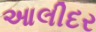
આલીદર